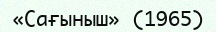
«Сағыныш» (1965)